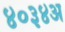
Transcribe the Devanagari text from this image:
४०३४अ